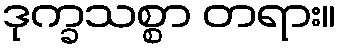
ဒုက္ခသစ္စာ တရား။